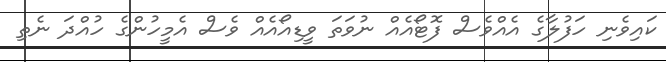
ކައިވެނި ހަފުލާގެ އެއްވެސް ފޮޓޯއެއް ނުވަތަ ވީޑިއޯއެއް ވެސް އެމީހުންގެ ހުއްދަ ނެތި